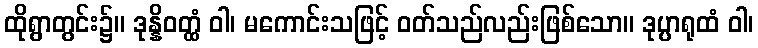
ထိုရွာတွင်း၌။ ဒုန္နိဝတ္ထံ ဝါ၊ မကောင်းသဖြင့် ဝတ်သည်လည်းဖြစ်သော။ ဒုပ္ပာရုထံ ဝါ၊